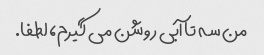
من سه تا آبی روشن می گیرم، لطفا.